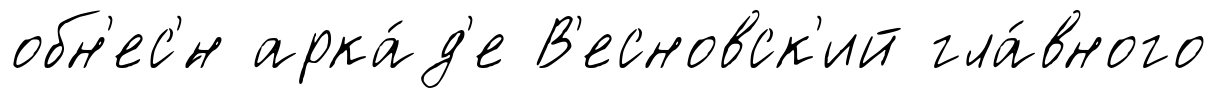
обн'ес'́н арка́д'е В'есновск'ий гла́вного